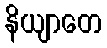
နိယျာတေ